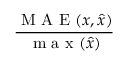
\frac { \mathrm { ~ M ~ A ~ E ~ } ( x , \hat { x } ) } { \mathrm { ~ m ~ a ~ x ~ } ( \hat { x } ) }